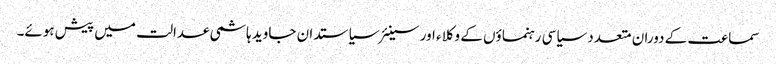
سماعت کے دوران متعدد سیاسی رہنماؤں کے وکلاء اور سینئر سیاستدان جاوید ہاشمی عدالت میں پیش ہوئے۔